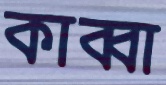
কাব্বা